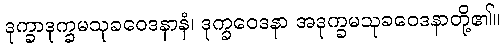
ဒုက္ခာဒုက္ခမသုခဝေဒနာနံ၊ ဒုက္ခဝေဒနာ အဒုက္ခမသုခဝေဒနာတို့၏။